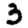
Digit: 3